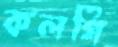
কলগি